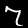
Digit: 7